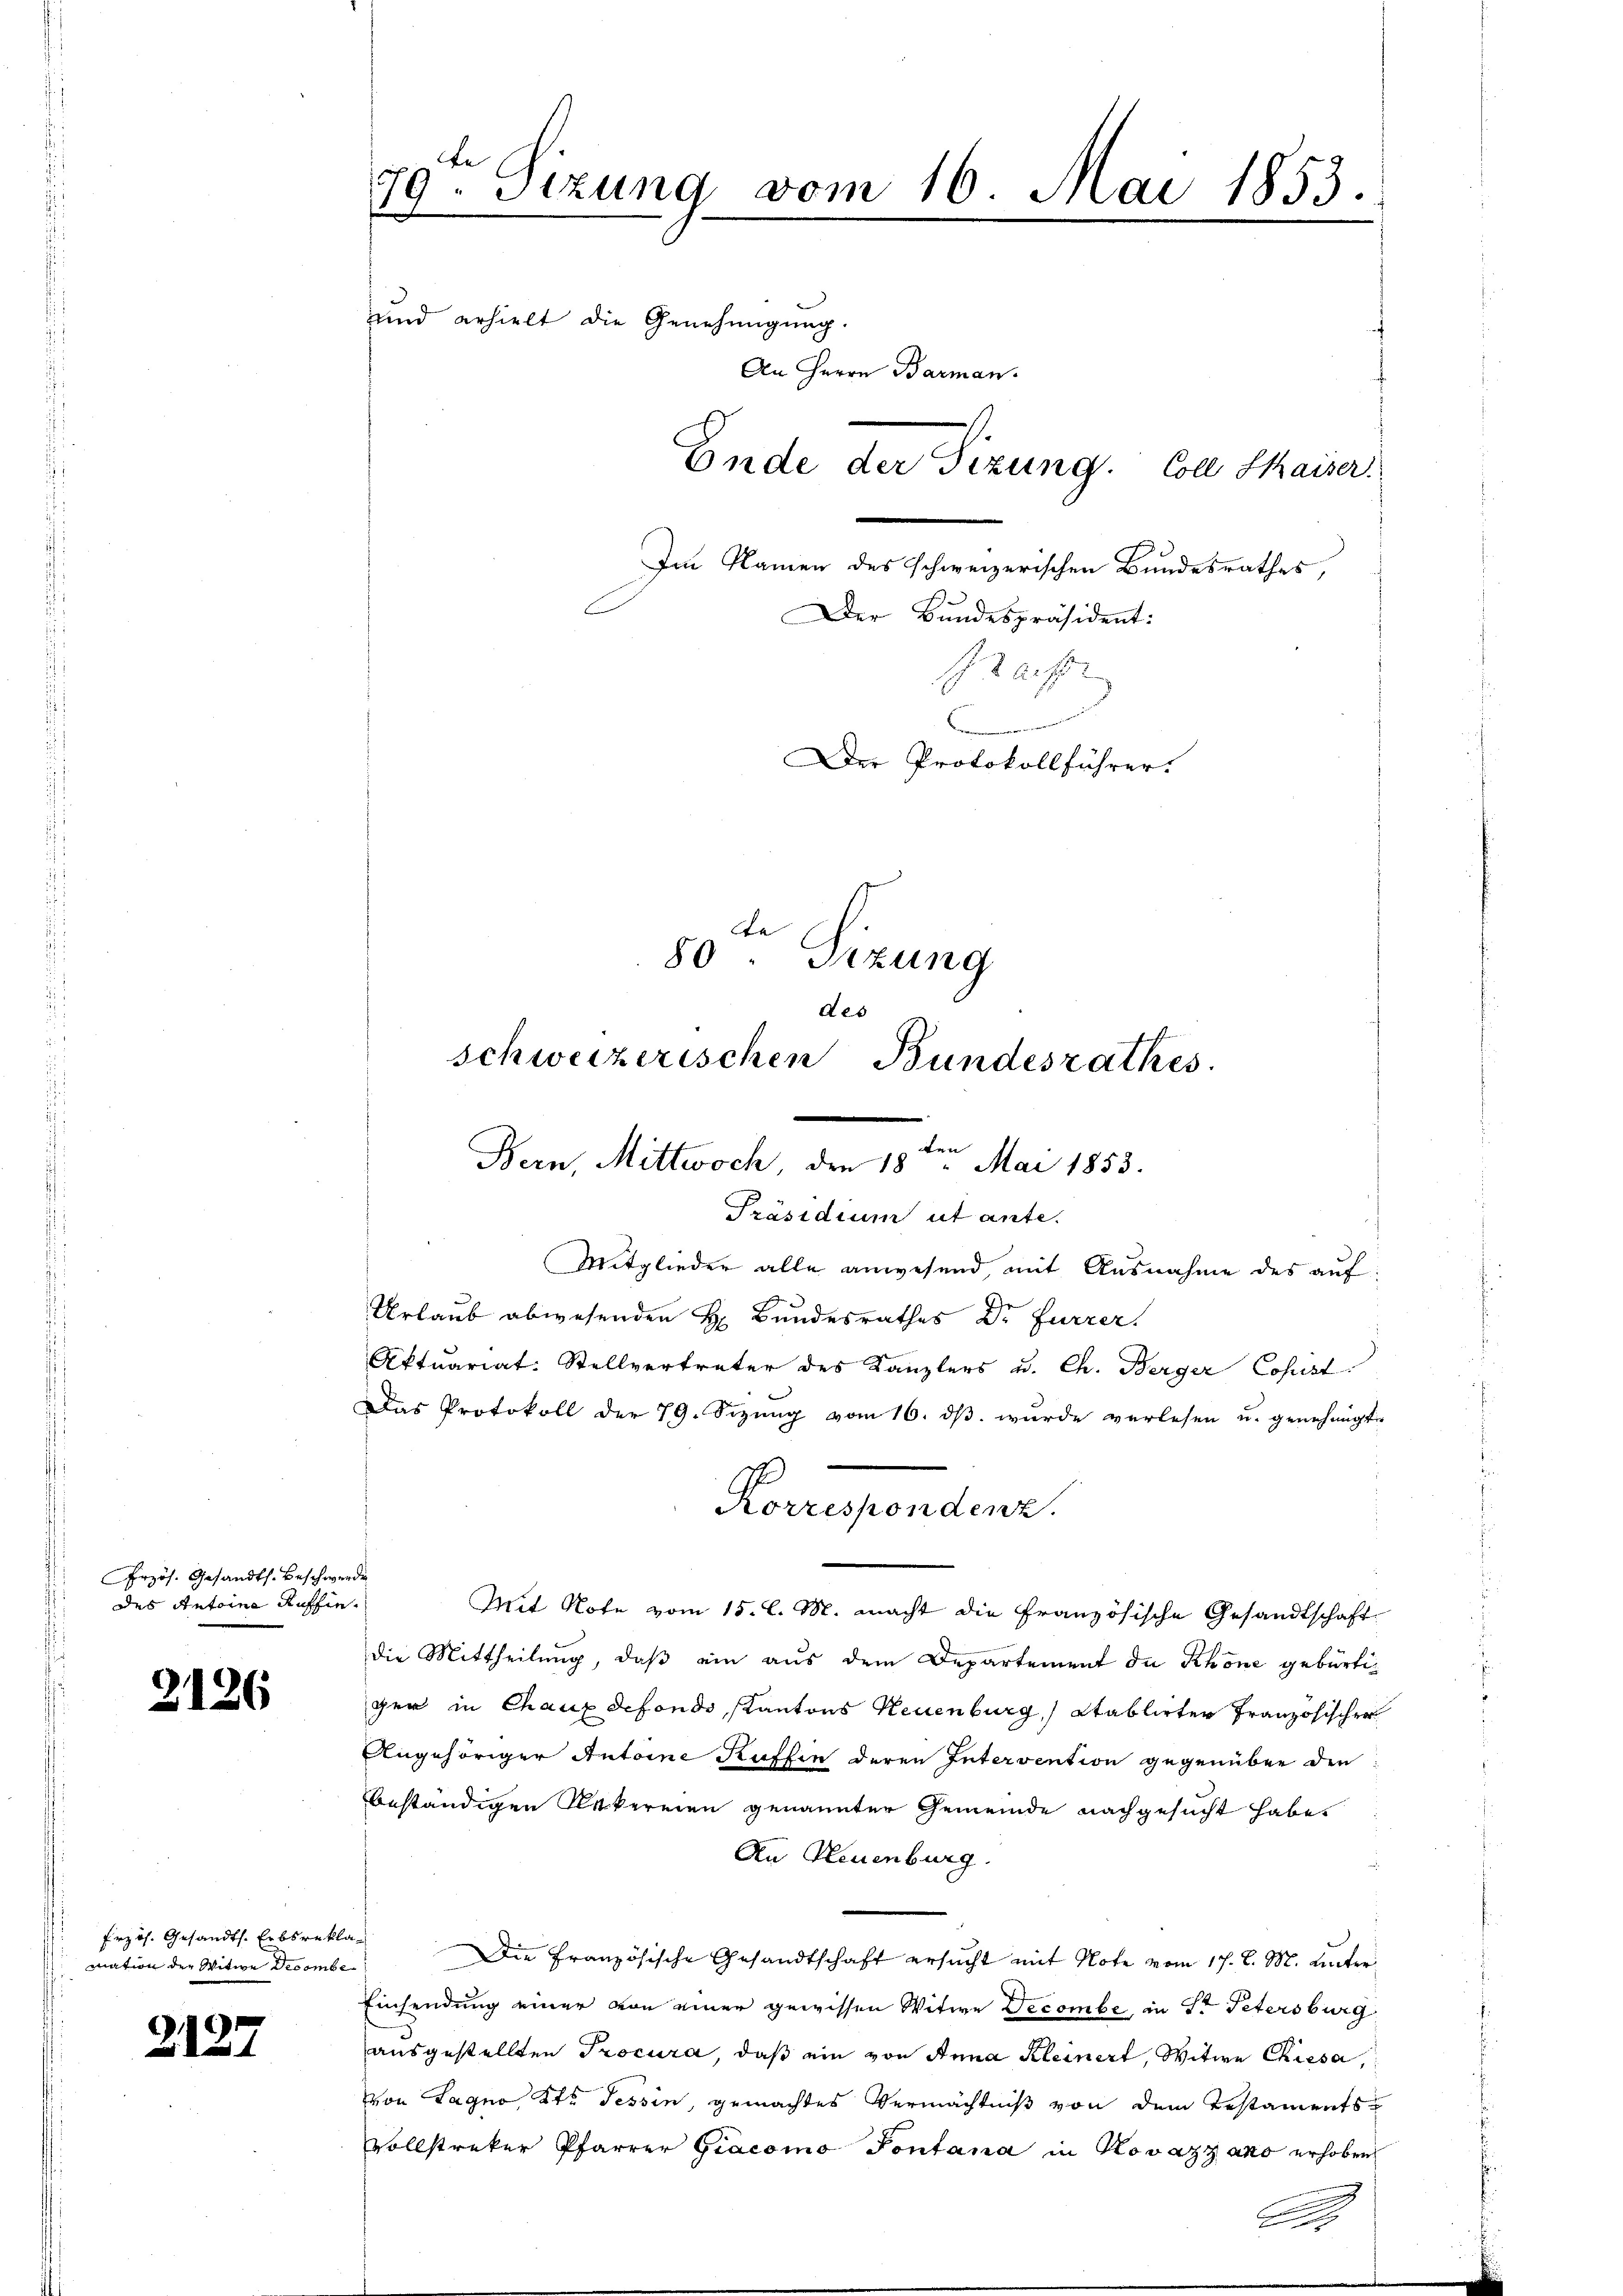
Przös. Gesandts. Beschwer
des Antoine Auffin¬

2126

Erzös. Gesandts. Erbsrekto
mation der Witwe Decembe

2127

be
79. Sizung vom 16. Mai 1853.
und erhielt die Genehmigung.
An Herrn Barman.
Ende der Sizung. Coll Saiser.
Im Namen des schweizerischen Bundesrathes,
Der Bundespräsident:
aifte
.
Der Protokollführer.
a
80 Sizung
des
schweizerischen Bundeszathes.
Bern, Mittwoch, den 18. Mai 1853.

i

Mit Note vom 15. l. M. macht die Französische Gesandtschaft
die Mittheilung, daß ein aus dem Departement die Khöne gebürtig
gen in Chaux defondo, Kantons Neuenburg Stablirter Französischer
Angehöriger Antoine Kaffen deren Intervention gegenüber den
beständigen Neckereien genannter Gemeinde nachgesucht habe.
An Neuenburg.
Die Französische Gesandtschaft ersucht mit Note vom 17. d. M. unter
Einsendung einer von einer gewissen Witwe Decombe, in St. Petersburg
ausgestellten Procura, daß ein von Anna Kleinert, Witwe Chiesa,
von Lagno, Kt. Tessin, gemachtes Vermächtniß von dem Testamentsvollstreker Pfarrer Giacoino Pontana in Novatz ans erhoben

Präsidium ut ante.
Mitglieder alle anwesend, mit Ausnahme des auf
Urlaub abwesenden H. Bundesrathes Dr. Furrer.
Aktuariat: Stellvertreter des Kanzlers u. Ch. Berger Copist
Das Protokoll der 79. Sizŭng vom 16. dβ. wurde verlesen u. genehmigt
Korrespondenz.

A